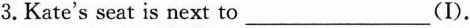
3.Kate's seat is next to ___ (I).